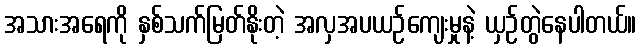
အသားအရေကို နှစ်သက်မြတ်နိုးတဲ့ အလှအပယဉ်ကျေးမှုနဲ့ ယှဉ်တွဲနေပါတယ်။